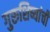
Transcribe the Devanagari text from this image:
गुरुशिष्यांची